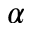
\alpha